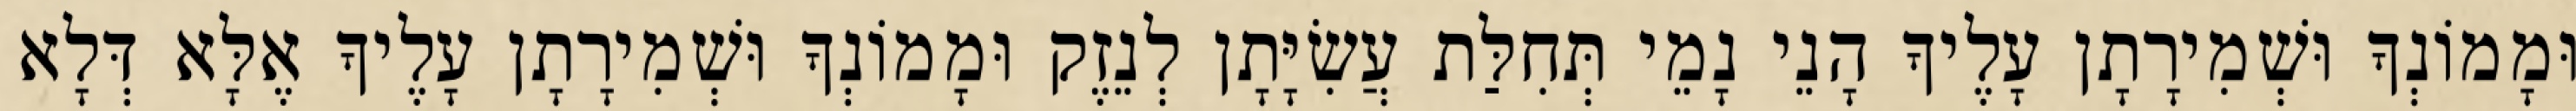
וּמָמוֹנְךָ וּשְׁמִירָתָן עָלֶיךָ הָנֵי נָמֵי תְּחִלַּת עֲשִׂיָּתָן לְנֵזֶק וּמָמוֹנְךָ וּשְׁמִירָתָן עָלֶיךָ אֶלָּא דְּלָא